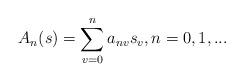
LaTeX: \begin{align*}A_{n}(s)=\sum_{v=0}^{n}a_{nv}s_{v}, n=0,1,...\end{align*}